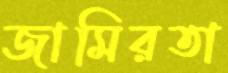
জামিরতা